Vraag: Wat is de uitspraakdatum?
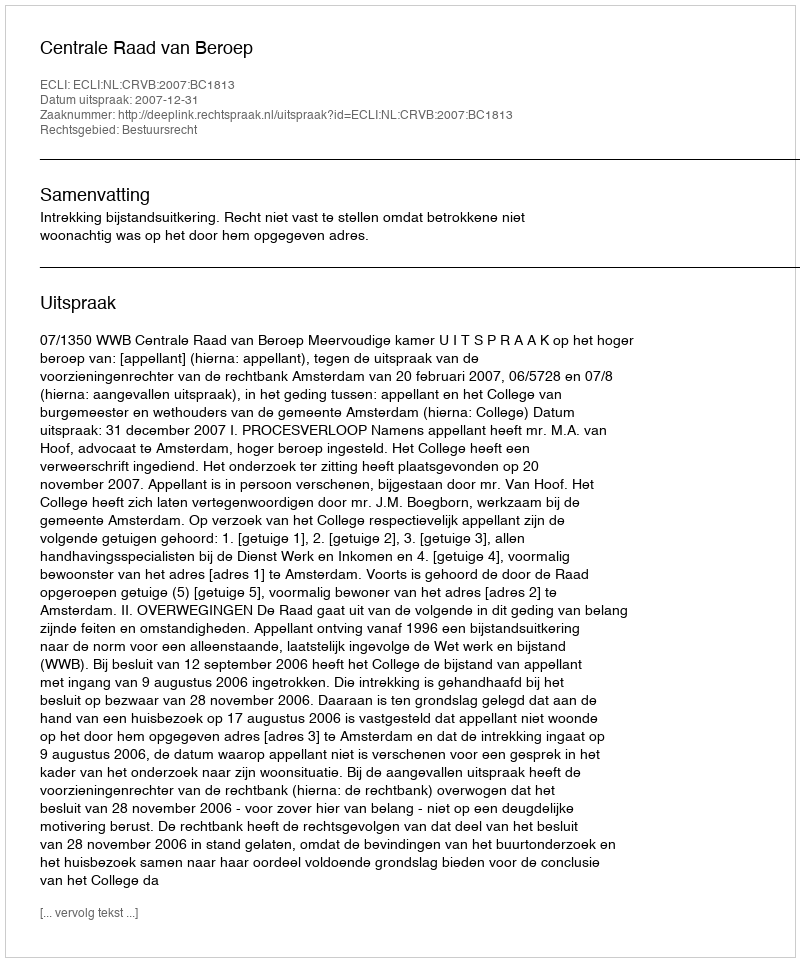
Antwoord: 2007-12-31